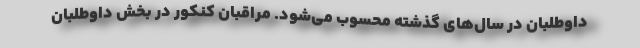
داوطلبان در سال‌های گذشته محسوب می‌شود. مراقبان کنکور در بخش داوطلبان